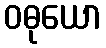
ဝဓုယော